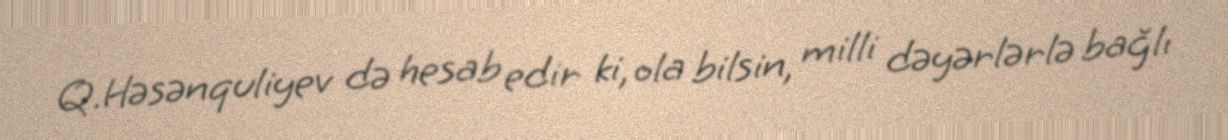
Q.Həsənquliyev də hesab edir ki, ola bilsin, milli dəyərlərlə bağlı